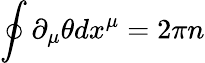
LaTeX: \oint\partial_{\mu}\theta dx^{\mu}=2\pi n